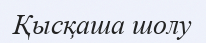
Қысқаша шолу